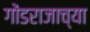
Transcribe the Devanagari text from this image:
गोंडराजाच्या